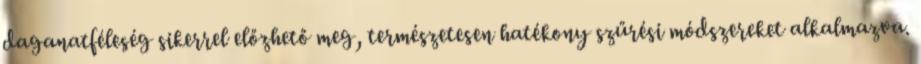
daganatféleség sikerrel előzhető meg, természetesen hatékony szűrési módszereket alkalmazva.